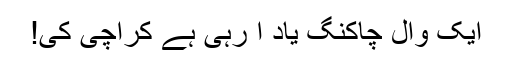
ایک وال چاکنگ یاد آ رہی ہے کراچی کی!